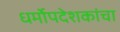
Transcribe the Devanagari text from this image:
धर्मोपदेशकांचा